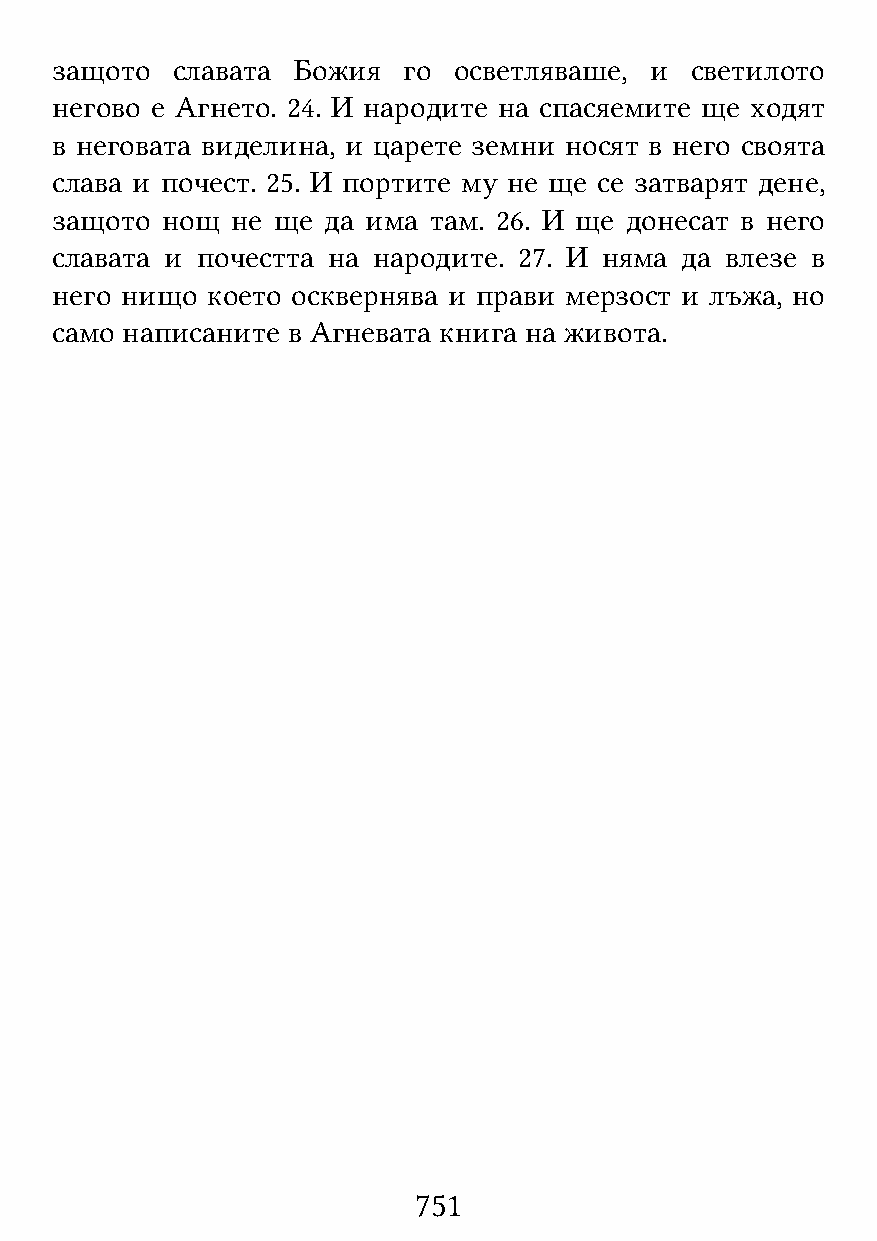
защото  славата Божия   го осветляваше, и  светилото
 негово е Агнето. 24. И народите на спасяемите ще ходят
 в неговата виделина, и царете земни носят в него своята
 слава и почест. 25. И портите му не ще се затварят дене,
 защото  нощ не ще да има там. 26. И ще донесат в него
 славата и почестта на народите. 27. И няма да влезе в
 него нищо  което осквернява и прави мерзост и лъжа, но
 само написаните в Агневата книга на живота.
 751